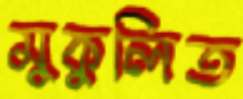
মুকুলিত